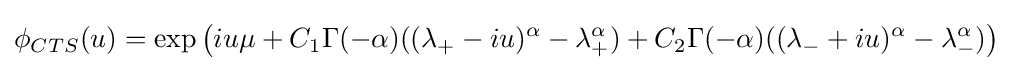
\phi _{CTS}(u)=\exp \left(iu\mu +C_{1}\Gamma (-\alpha )((\lambda _{+}-iu)^{\alpha }-\lambda _{+}^{\alpha })+C_{2}\Gamma (-\alpha )((\lambda _{-}+iu)^{\alpha }-\lambda _{-}^{\alpha })\right)